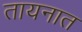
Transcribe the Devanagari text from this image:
तायनात